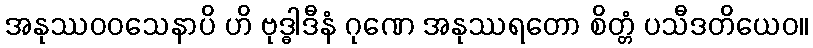
အနုဿဝဝသေနာပိ ဟိ ဗုဒ္ဓါဒီနံ ဂုဏေ အနုဿရတော စိတ္တံ ပသီဒတိယေဝ။